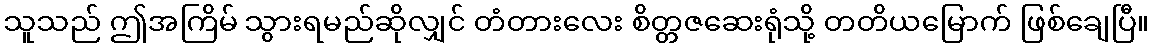
သူသည် ဤအကြိမ် သွားရမည်ဆိုလျှင် တံတားလေး စိတ္တဇဆေးရုံသို့ တတိယမြောက် ဖြစ်ချေပြီ။